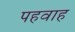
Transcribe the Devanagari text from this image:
पहवाह